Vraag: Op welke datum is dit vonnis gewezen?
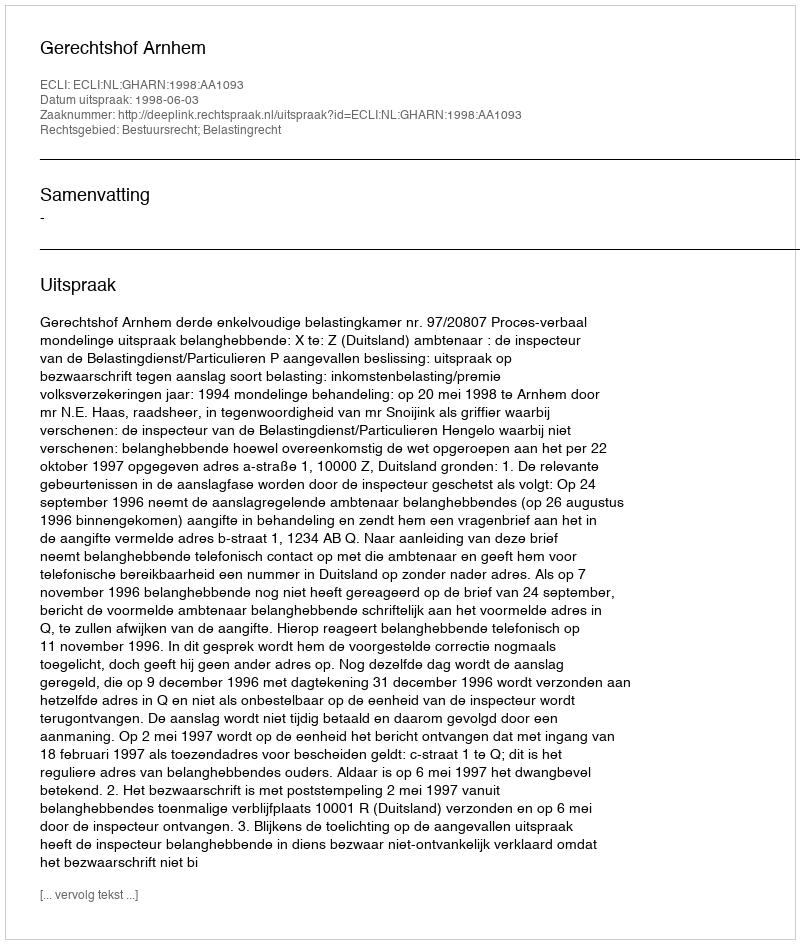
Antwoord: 1998-06-03